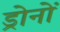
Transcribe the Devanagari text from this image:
ड्रोनों